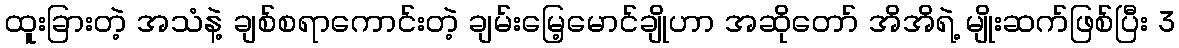
ထူးခြားတဲ့ အသံနဲ့ ချစ်စရာကောင်းတဲ့ ချမ်းမြေ့မောင်ချိုဟာ အဆိုတော် အိအိရဲ့ မျိုးဆက်ဖြစ်ပြီး 3